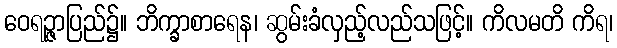
ဝေရဉ္ဇာပြည်၌။ ဘိက္ခာစာရေန၊ ဆွမ်းခံလှည့်လည်သဖြင့်။ ကိလမတိ ကိရ၊